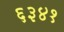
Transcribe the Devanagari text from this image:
६३४१